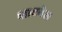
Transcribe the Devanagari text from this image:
शाटवेल